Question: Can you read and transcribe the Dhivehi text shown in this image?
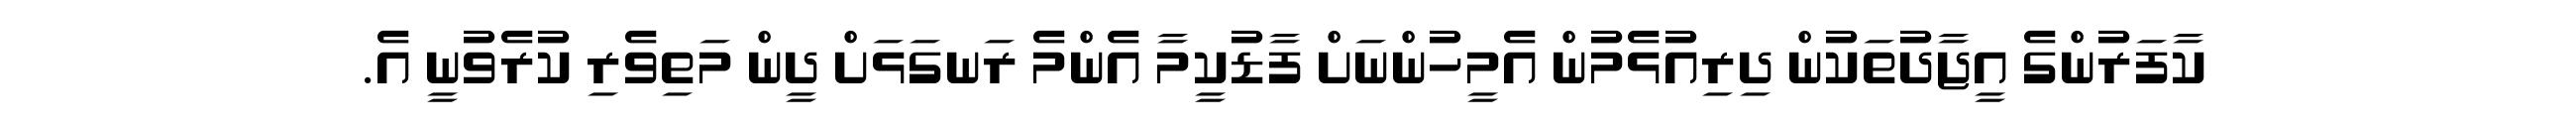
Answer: ކާފަރުންގެ އީޖާދުތަކުން ދިރިއުޅެމުން އެމީހުންނަށް ފާޑުކީމާ އެންމެ ރަނގަޅަށް ދީން މަތިވެރި ކުރެވުނީ އެ.